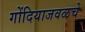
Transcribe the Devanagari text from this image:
गोंदियाजवळचे